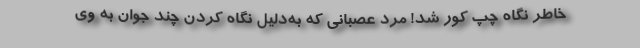
خاطر نگاه چپ کور شد! مرد عصبانی که به‌دلیل نگاه کردن چند جوان به وی